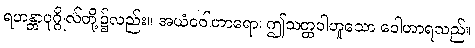
ရဟန္တာပုဂ္ဂိုလ်တို့၌လည်း။ အယံဝေါဟာရော၊ ဤသတ္တဝါဟူသော ဝေါဟာရသည်။